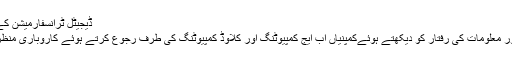
ڈیجیٹل ٹرانسفارمیشن کے نمایاں رجحانات - jang news
انٹرنیٹ آف تھنگز کی بڑی مقدار اور معلومات کی رفتار کو دیکھتے ہوئےکمپنیاں اب ایج کمپیوٹنگ اور کلاؤڈ کمپیوٹنگ کی طرف رجوع کرتے ہوئے کاروباری منظرنامے کی پہلی صف میں آرہی ہیں۔